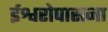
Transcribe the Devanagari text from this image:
ईश्वरोपासना